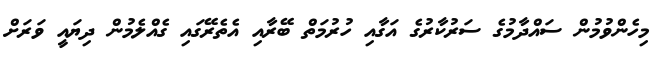
މިހެންވުމުން ސައްދާމުގެ ސަރުކާރުގެ އަގާއި ހުރުމަތް ބޭރާއި އެތެރޭގައި ގެއްލެމުން ދިޔައީ ވަރަށް